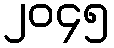
၂၀၄၅